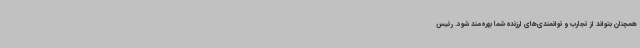
همچنان بتواند از تجارب و توانمندی‌های ارزنده شما بهره‌مند شود. رئیس